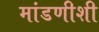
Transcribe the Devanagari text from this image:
मांडणीशी